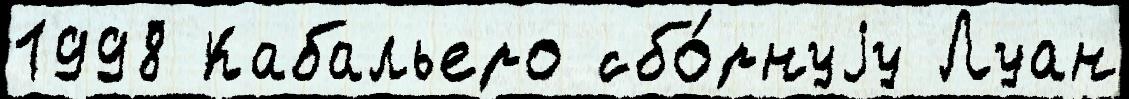
1998 Кабальеро сбо́рнуjу Луан